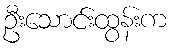
ဦးသောင်းထွန်းက